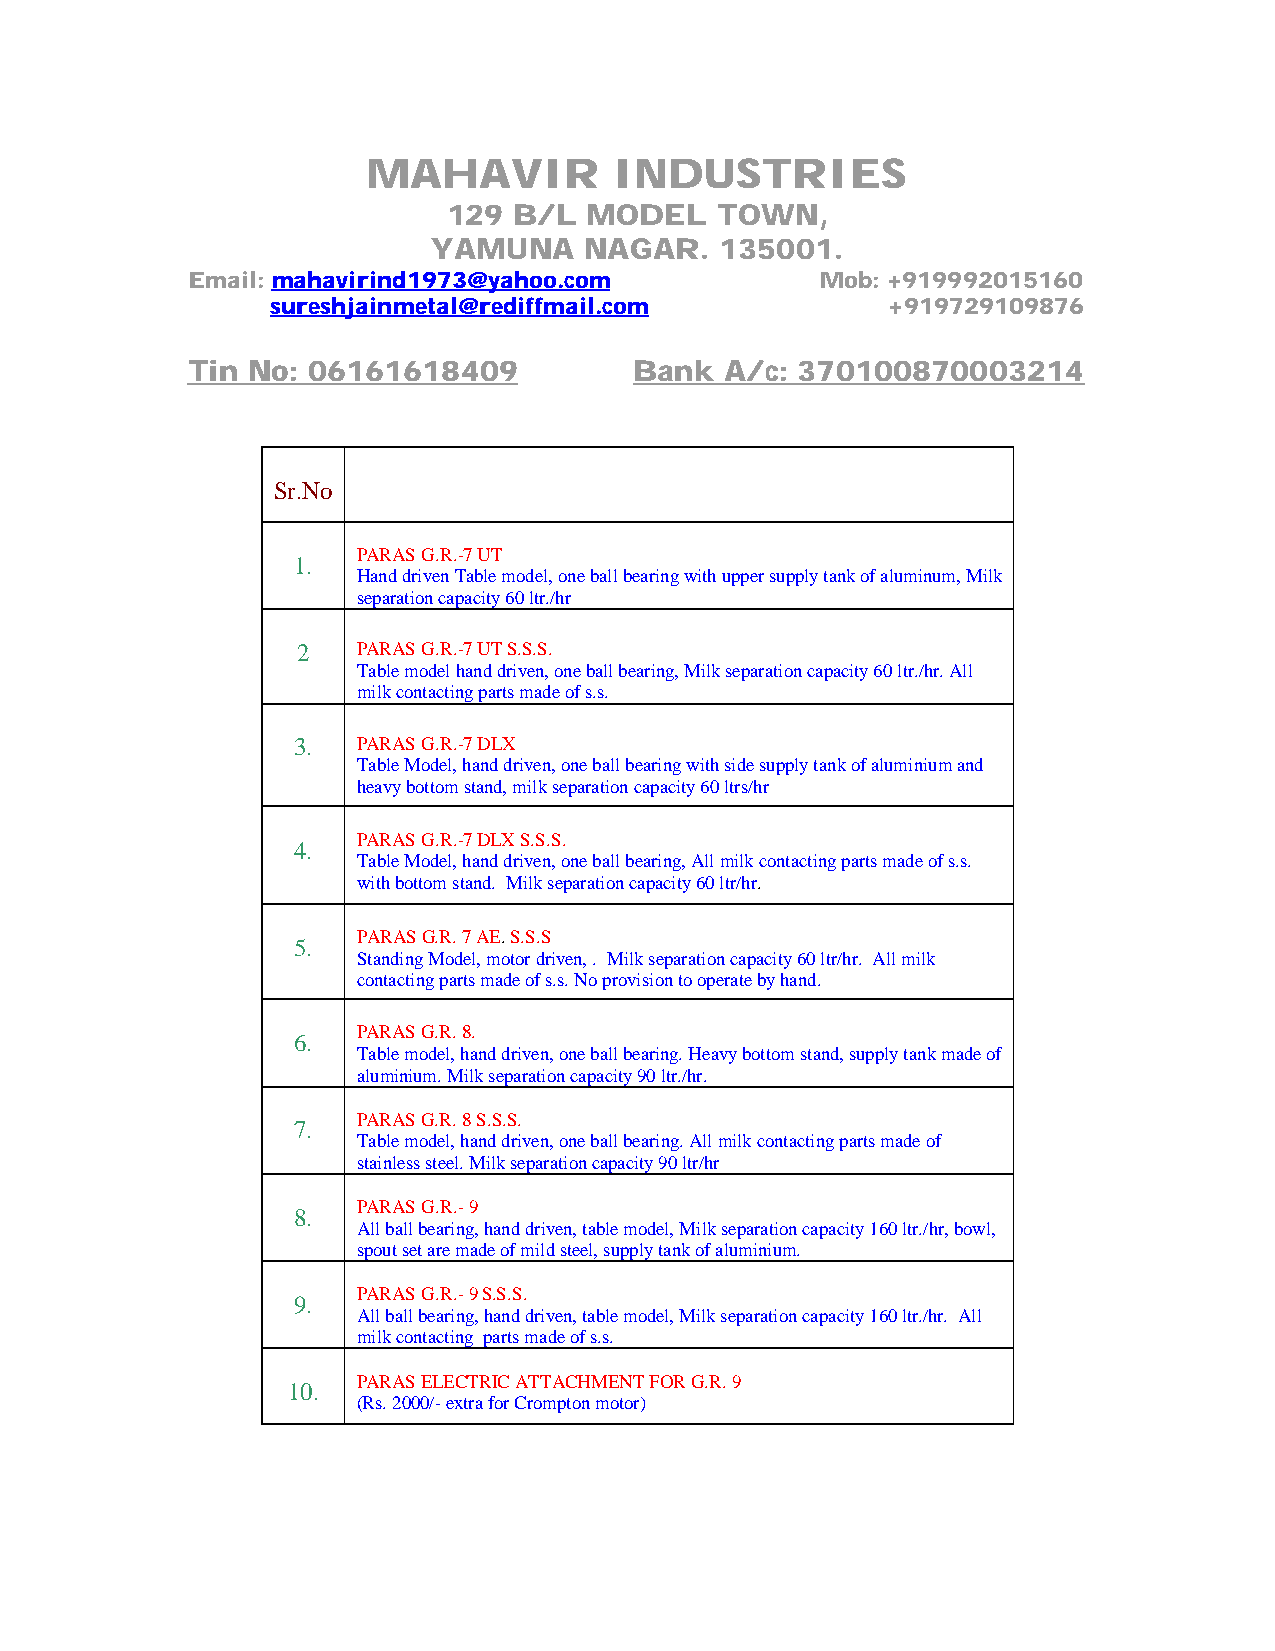
MAHAVIR          INDUSTRIES
 129 B/L  MODEL   TOWN,
 YAMUNA    NAGAR.   135001.
 Email: mahavirind1973@yahoo.com           Mob: +919992015160
 sureshjainmetal@rediffmail.com           +919729109876
 Tin No: 06161618409           Bank  A/c: 370100870003214
 Sr.No
 PARAS G.R.-7 UT
 1.
 Hand driven Table model, one ball bearing with upper supply tank of aluminum, Milk
 separation capacity 60 ltr./hr
 2   PARAS G.R.-7 UT S.S.S.
 Table model hand driven, one ball bearing, Milk separation capacity 60 ltr./hr. All
 milk contacting parts made of s.s.
 3.   PARAS G.R.-7 DLX
 Table Model, hand driven, one ball bearing with side supply tank of aluminium and
 heavy bottom stand, milk separation capacity 60 ltrs/hr
 PARAS G.R.-7 DLX S.S.S.
 4.
 Table Model, hand driven, one ball bearing, All milk contacting parts made of s.s.
 with bottom stand. Milk separation capacity 60 ltr/hr.
 PARAS G.R. 7 AE. S.S.S
 5.
 Standing Model, motor driven, . Milk separation capacity 60 ltr/hr. All milk
 contacting parts made of s.s. No provision to operate by hand.
 PARAS G.R. 8.
 6.
 Table model, hand driven, one ball bearing. Heavy bottom stand, supply tank made of
 aluminium. Milk separation capacity 90 ltr./hr.
 PARAS G.R. 8 S.S.S.
 7.
 Table model, hand driven, one ball bearing. All milk contacting parts made of
 stainless steel. Milk separation capacity 90 ltr/hr
 PARAS G.R.- 9
 8.
 All ball bearing, hand driven, table model, Milk separation capacity 160 ltr./hr, bowl,
 spout set are made of mild steel, supply tank of aluminium.
 PARAS G.R.- 9 S.S.S.
 9.
 All ball bearing, hand driven, table model, Milk separation capacity 160 ltr./hr. All
 milk contacting parts made of s.s.
 PARAS ELECTRIC ATTACHMENT FOR G.R. 9
 10.
 (Rs. 2000/- extra for Crompton motor)